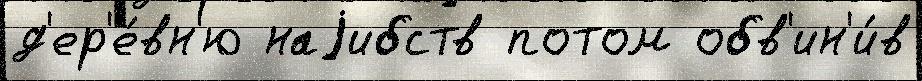
д'ер'е́вн'ю наjибств потом обв'ин'и́в